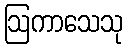
ဩကာသေသု